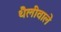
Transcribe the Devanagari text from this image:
थैलीवाले